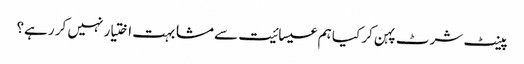
پینٹ شرٹ پہن کر کیا ہم عیسائیت سے مشابہت اختیار نہیں کر رہے؟